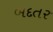
બદતર